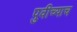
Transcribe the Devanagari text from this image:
पुवीच्याच